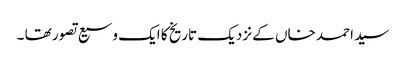
سید احمد خاں کے نزدیک تاریخ کا ایک وسیع تصور تھا ۔